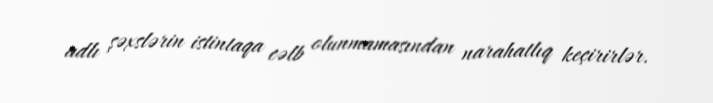
adlı şəxslərin istintaqa cəlb olunmamasından narahatlıq keçirirlər.